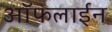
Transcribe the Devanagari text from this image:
आॅफलाईन